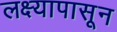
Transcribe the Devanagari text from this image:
लक्ष्यापासून